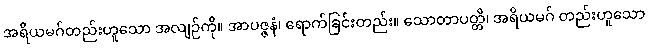
အရိယမဂ်တည်းဟူသော အလျဉ်ကို။ အာပဇ္ဇနံ၊ ရောက်ခြင်းတည်း။ သောတာပတ္တိ၊ အရိယမဂ် တည်းဟူသော